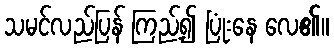
သမင်လည်ပြန် ကြည့်၍ ပြုံးနေ လေ၏။